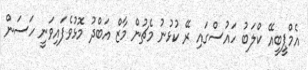
އެމްޕީބީއޭ ކްލަބު ހައުސްގައި ރޭ ކުޅުނު މެޗުން މާޒް އަބްދު މޮޅުވެފައިވަނީ ހަސަން